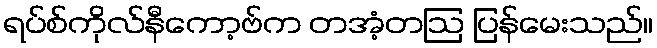
ရပ်စ်ကိုလ်နီကော့ဗ်က တအံ့တဩ ပြန်မေးသည်။